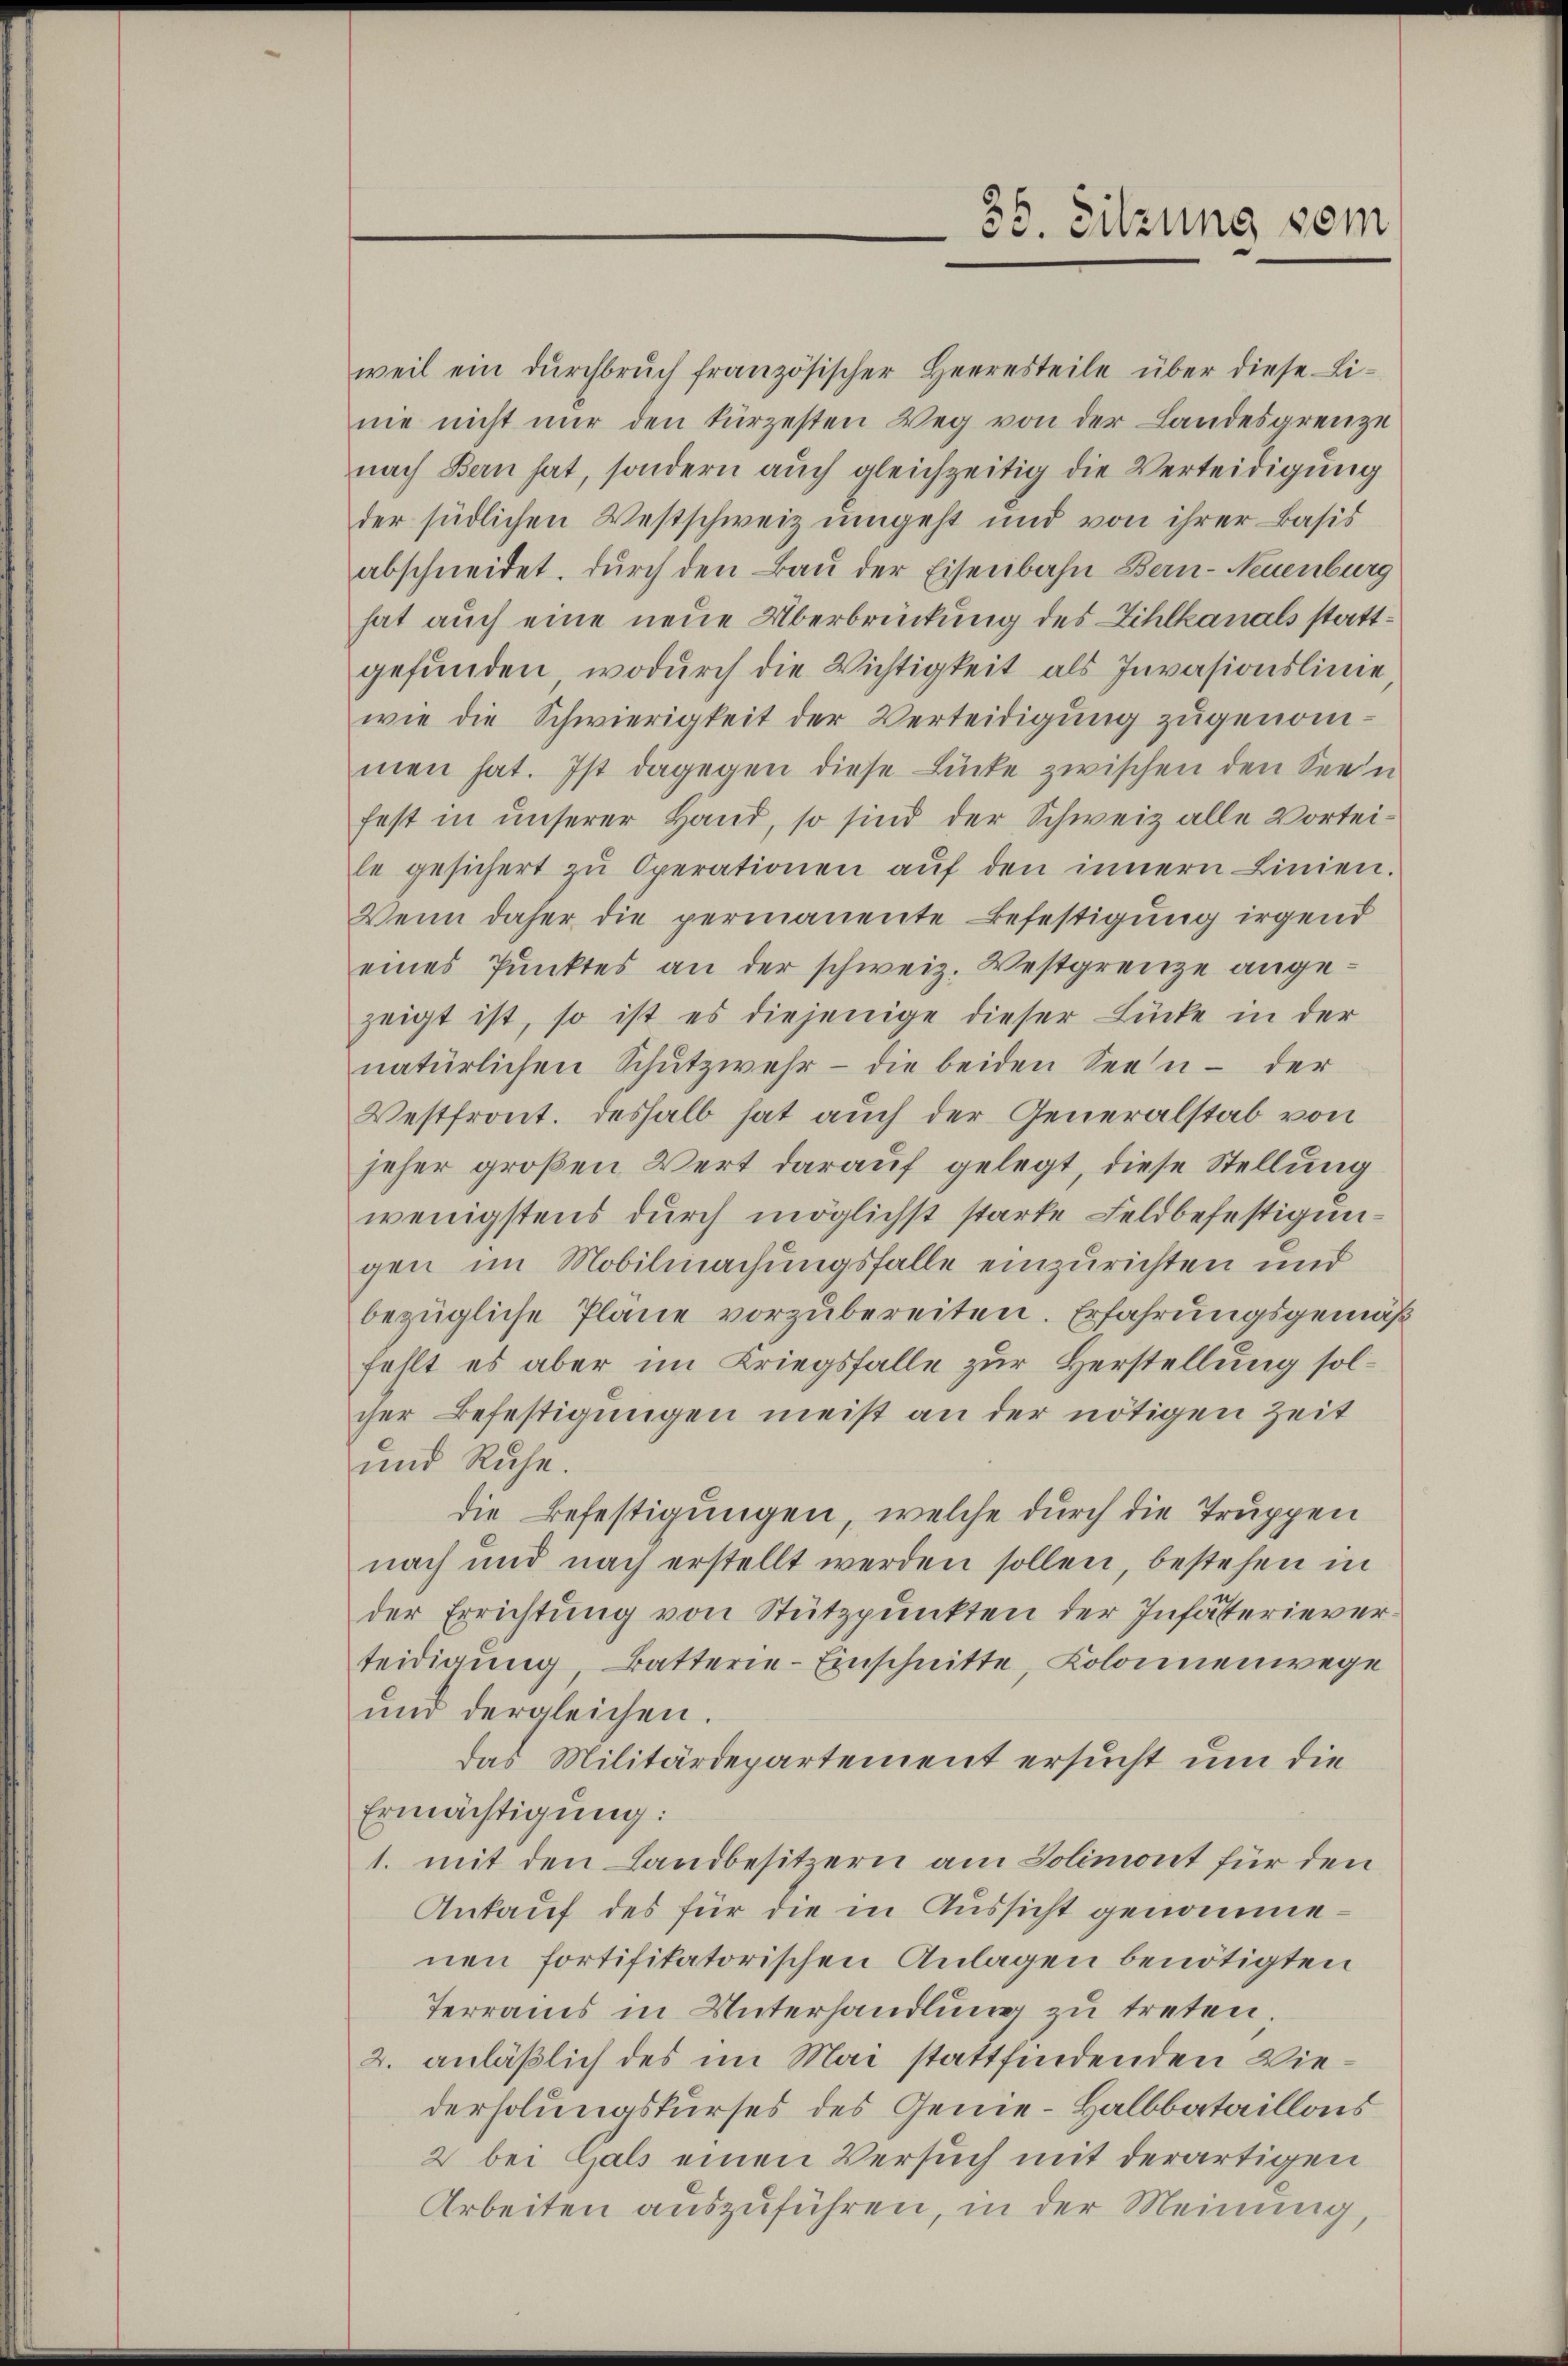
35. Sitzung vom

weil ein dŭrchbrŭch französischer Herresteile über diese Li-
nie nicht nŭr den kürzesten Weg von der Landesgrenze
nach Bern hat, sondern auch gleichzeitig die Verteidigung
der südlichen Westschweiz umgeht und von ihrer Basis
abschneidet. Durch den Bau der Eisenbahn Bern-Neuenburg
hat auch eine neue Überbrückung des Zihlkanals stattgefunden, wodurch die Wichtigkeit als Invasionslinie
wie die Schwierigkeit der Verteidigung zugenommen hat. Ist dagegen diese Lücke zwischen den Seen
fest in unserer Hand, so sind der Schweiz alle Vortei-
le gesichert zŭ Operationen aŭf den innern Linien.
Wenn daher die permanente Befestigung irgend
eines Punktes an der schweiz. Westgrenze angezeigt ist, so ist es diejenige dieser Lücke in der
natürlichen Schŭtzwehr- die beiden Seen - der
Westfront. deshalb hat auch der Generalstab von
jeher großen Wert darauf gelegt, diese Stellung
wenigstens durch möglichst starke Feldbefestigungen im Mobilmachungsfalle einzurichten und
bezügliche Pläne vorzubereiten. Erfahrungsgemäß
fehlt es aber im Kriegsfalle zur Herstellung solcher Befestigungen meist an der nötigen Zeit
und Ruhe.
die Befestigungen, welche durch die Truppen
nach und nach erstellt werden sollen, bestehen in
der Errichtung von Stützpunkten der Infästerieverteidigung Batterie-Einschnitte, Kolonnenwege
und dergleichen.
das Militärdepartement ersucht um die
Ermächtigung:
1. mit den Landbesitzern am Solimont für den
Ankauf des für die in Aussicht genommenen fortifikatorischen Anlagen benötigten
Terrains in Unterhandlung zu treten.
2. anläßlich des im Mai stattfindenden Wiederholungskurses des Genie-Halbbataillons
2 bei Gals einen Versuch mit derartigen
Arbeiten auszuführen, in der Meinung,